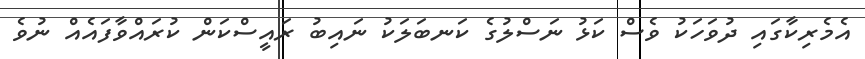
އެމެރިކާގައި ދުވަހަކު ވެސް ކަޅު ނަސްލުގެ ކަނބަލަކު ނައިބު ރައީސްކަން ކުރައްވާފައެއް ނުވެ